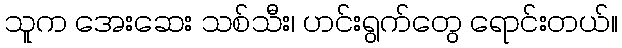
သူက အေးဆေး သစ်သီး၊ ဟင်းရွက်တွေ ရောင်းတယ်။